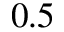
0 . 5